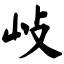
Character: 𡵨